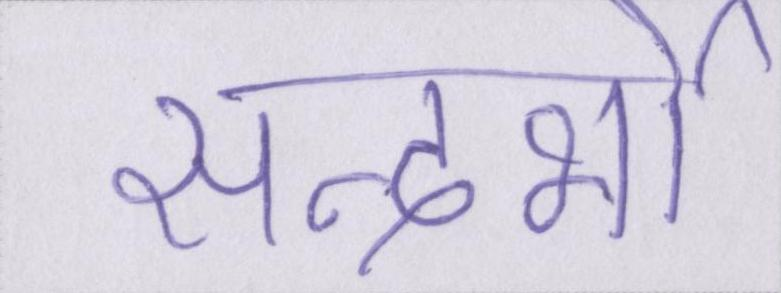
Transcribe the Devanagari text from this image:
सन्दर्भो